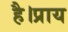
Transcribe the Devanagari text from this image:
है।प्राय